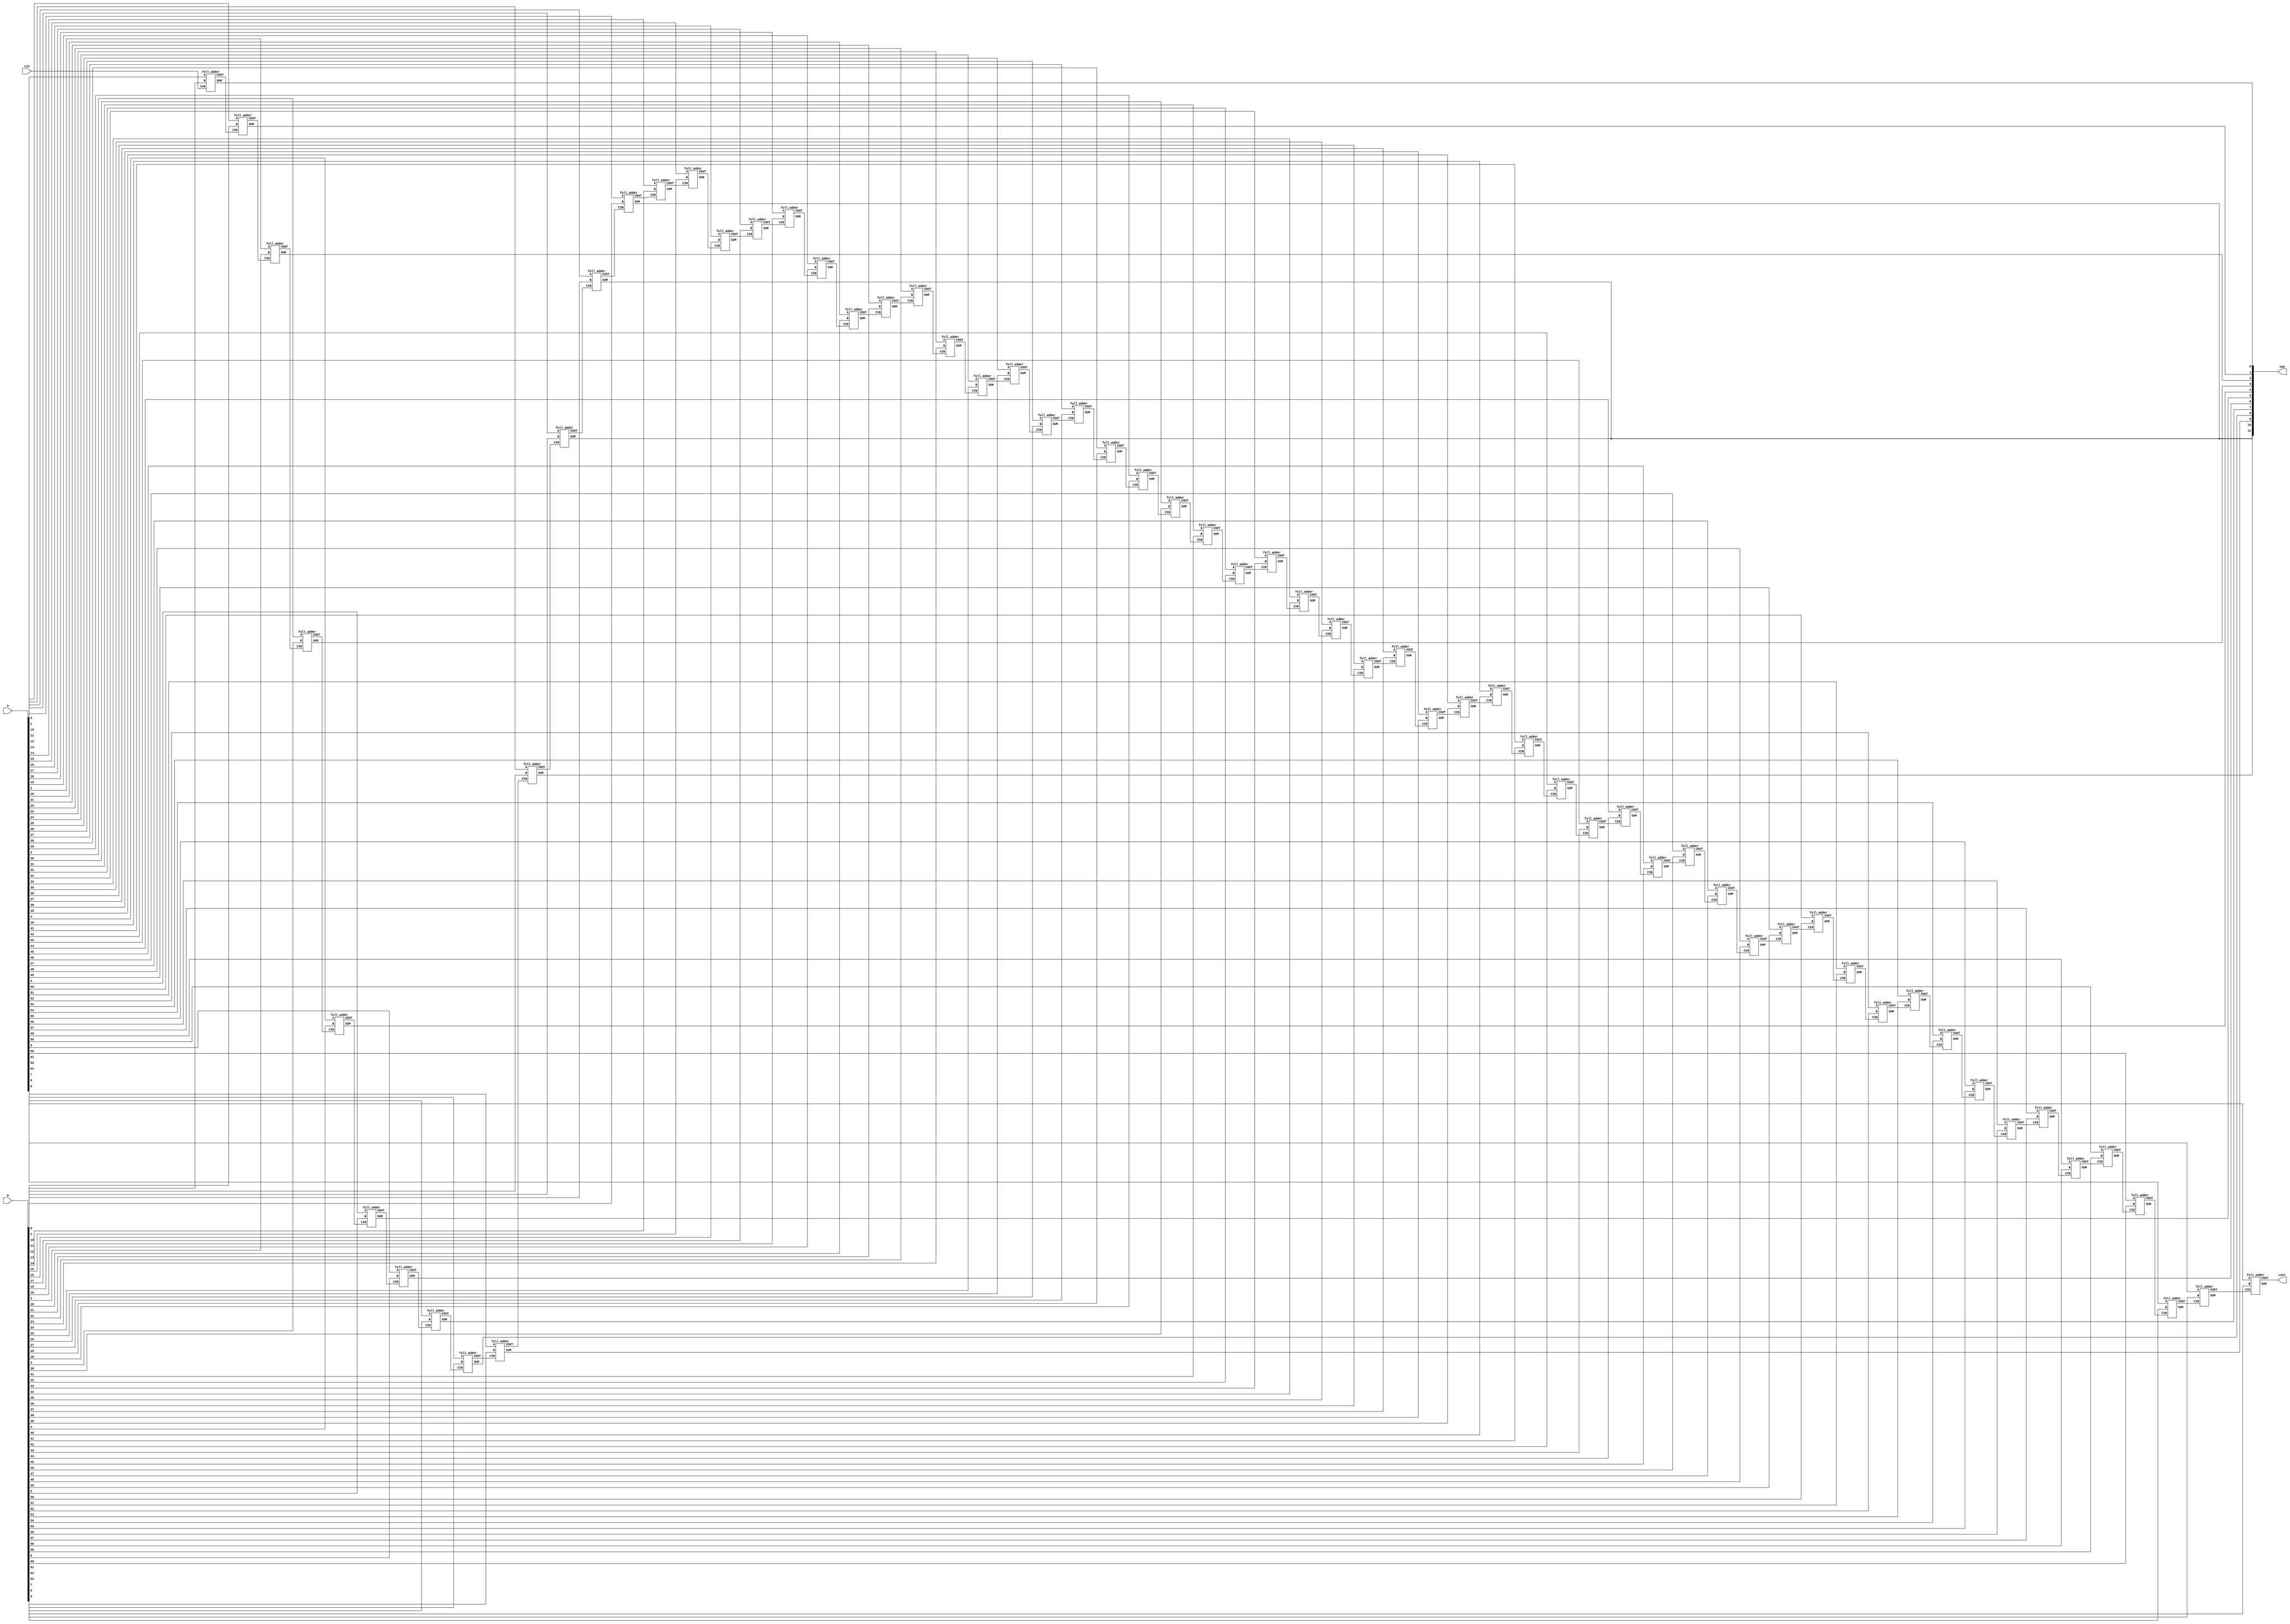
`timescale 1ns / 1ps
//////////////////////////////////////////////////////////////////////////////////
// Company: 
// Engineer: 
// 
// Design Name: 
// Module Name:    rca64 
// Project Name: 
// Target Devices: 
// Tool versions: 
// Description: 
//
// Dependencies: 
//
// Revision: 
// Revision 0.01 - File Created
// Additional Comments: 
//
//////////////////////////////////////////////////////////////////////////////////
module rca64(output [63:0] sum, output cout, input [63:0] a,b, input cin); // declaring outputs and inputs

 wire c[63:0]; // used for connections
 
 
 full_adder f0(sum[0], c[0], a[0], b[0], cin); 
 full_adder f1(sum[1], c[1], a[1], b[1], c[0]);
 full_adder f2(sum[2], c[2], a[2], b[2], c[1]);
 full_adder f3(sum[3], c[3], a[3], b[3], c[2]);
 full_adder f4(sum[4], c[4], a[4], b[4], c[3]);
 full_adder f5(sum[5], c[5], a[5], b[5], c[4]);
 full_adder f6(sum[6], c[6], a[6], b[6], c[5]);
 full_adder f7(sum[7], c[7], a[7], b[7], c[6]);
 full_adder f8(sum[8], c[8], a[8], b[8], c[7]); 
 full_adder f9(sum[9], c[9], a[9], b[9], c[8]);
 full_adder f10(sum[10], c[10], a[10], b[10], c[9]);
 full_adder f11(sum[11], c[11], a[11], b[11], c[10]);
 full_adder f12(sum[11], c[12], a[12], b[12], c[11]);
 full_adder f13(sum[11], c[13], a[13], b[13], c[12]);
 full_adder f14(sum[14], c[14], a[14], b[14], c[13]);
 full_adder f15(sum[15], c[15], a[15], b[15], c[14]);
 full_adder f16(sum[16], c[16], a[16], b[16], c[15]); 
 full_adder f17(sum[17], c[17], a[17], b[17], c[16]);
 full_adder f18(sum[18], c[18], a[18], b[18], c[17]);
 full_adder f19(sum[19], c[19], a[19], b[19], c[18]);
 full_adder f20(sum[20], c[20], a[20], b[20], c[19]);
 full_adder f21(sum[21], c[21], a[21], b[21], c[20]);
 full_adder f22(sum[22], c[22], a[22], b[22], c[21]);
 full_adder f23(sum[23], c[23], a[23], b[23], c[22]);
 full_adder f24(sum[24], c[24], a[24], b[24], c[23]); 
 full_adder f25(sum[25], c[25], a[25], b[25], c[24]);
 full_adder f26(sum[26], c[26], a[26], b[26], c[25]);
 full_adder f27(sum[27], c[27], a[27], b[27], c[26]);
 full_adder f28(sum[28], c[28], a[28], b[28], c[27]);
 full_adder f29(sum[29], c[29], a[29], b[29], c[28]);
 full_adder f30(sum[30], c[30], a[30], b[30], c[29]);
 full_adder f31(sum[31], c[31], a[31], b[31], c[30]);
 full_adder f32(sum[32], c[32], a[32], b[32], c[31]); 
 full_adder f33(sum[33], c[33], a[33], b[33], c[32]);
 full_adder f34(sum[34], c[34], a[34], b[34], c[33]);
 full_adder f35(sum[35], c[35], a[35], b[35], c[34]);
 full_adder f36(sum[36], c[36], a[36], b[36], c[35]);
 full_adder f37(sum[37], c[37], a[37], b[37], c[36]);
 full_adder f38(sum[38], c[38], a[38], b[38], c[37]);
 full_adder f39(sum[39], c[39], a[39], b[39], c[38]);
 full_adder f40(sum[40], c[40], a[40], b[40], c[39]); 
 full_adder f41(sum[41], c[41], a[41], b[41], c[40]);
 full_adder f42(sum[42], c[42], a[42], b[42], c[41]);
 full_adder f43(sum[43], c[43], a[43], b[43], c[42]);
 full_adder f44(sum[44], c[44], a[44], b[44], c[43]);
 full_adder f45(sum[45], c[45], a[45], b[45], c[44]);
 full_adder f46(sum[46], c[46], a[46], b[46], c[45]);
 full_adder f47(sum[47], c[47], a[47], b[47], c[46]);
 full_adder f48(sum[48], c[48], a[48], b[48], c[47]); 
 full_adder f49(sum[49], c[49], a[49], b[49], c[48]);
 full_adder f50(sum[50], c[50], a[50], b[50], c[49]);
 full_adder f51(sum[51], c[51], a[51], b[51], c[50]);
 full_adder f52(sum[52], c[52], a[52], b[52], c[51]);
 full_adder f53(sum[53], c[53], a[53], b[53], c[52]);
 full_adder f54(sum[54], c[54], a[54], b[54], c[53]);
 full_adder f55(sum[55], c[55], a[55], b[55], c[54]);
 full_adder f56(sum[56], c[56], a[56], b[56], c[55]); 
 full_adder f57(sum[57], c[57], a[57], b[57], c[56]);
 full_adder f58(sum[58], c[58], a[58], b[58], c[57]);
 full_adder f59(sum[59], c[59], a[59], b[59], c[58]);
 full_adder f60(sum[60], c[60], a[60], b[60], c[59]);
 full_adder f61(sum[61], c[61], a[61], b[61], c[60]);
 full_adder f62(sum[62], c[62], a[62], b[62], c[61]);
 full_adder f63(sum[63], cout, a[63], b[63], c[62]);
endmodule

module full_adder(output SUM,COUT,input A, B, CIN); // declaring outputs and inputs

 wire s1, w1, w2;
 half_adder ha1(s1, w1, A, B);
 half_adder ha2(SUM, w2, s1, CIN);
 or OG1(COUT, w1, w2);

endmodule


module half_adder(output S, C, input A, B);
xor(S, A, B);
and(C, A, B);

endmodule